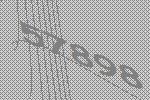
57898